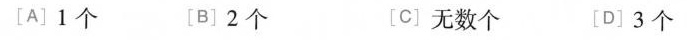
[A]1个 [B]2个 [C]无数个 [D]3个